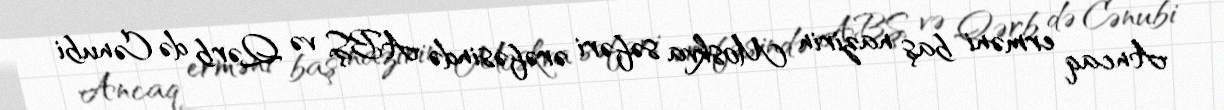
Ancaq erməni baş nazirin Moskva səfəri ərəfəsində ABŞ və Qərb də Cənubi